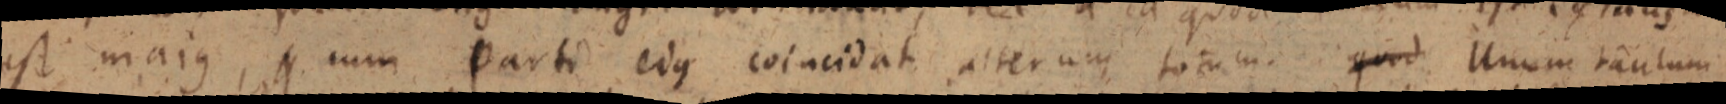
est majus, _ cum Parti ejus coincidat alterum totum quod Unum tantum